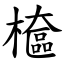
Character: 檶